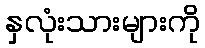
နှလုံးသားများကို